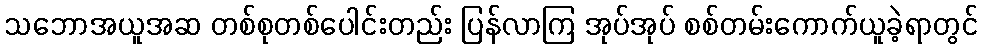
သဘောအယူအဆ တစ်စုတစ်ပေါင်းတည်း ပြန်လာကြ အုပ်အုပ် စစ်တမ်းကောက်ယူခဲ့ရာတွင်